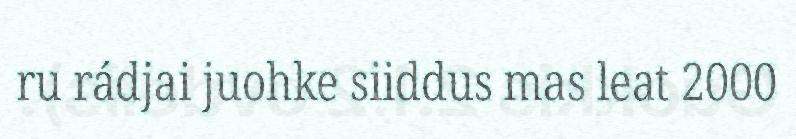
ru rádjai juohke siiddus mas leat 2000